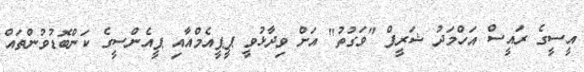
އީސީގެ ރައީސް އަހްމަދު ޝަރީފް "ވަގުތު" އަށް ވިދާޅުވީ ޕީޕީއެމްއާއި ޕީއެންސީގެ ކަންބޮޑުވުންތައް